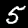
Label: 5